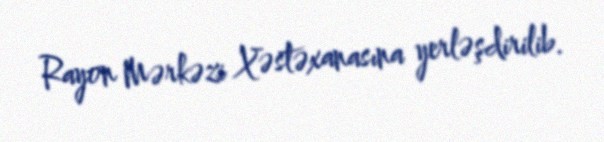
Rayon Mərkəzi Xəstəxanasına yerləşdirilib.